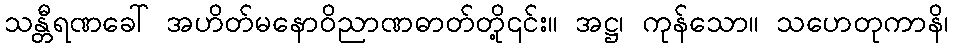
သန္တီရဏခေါ် အဟိတ်မနောဝိညာဏဓာတ်တို့၎င်း။ အဋ္ဌ၊ ကုန်သော။ သဟေတုကာနိ၊